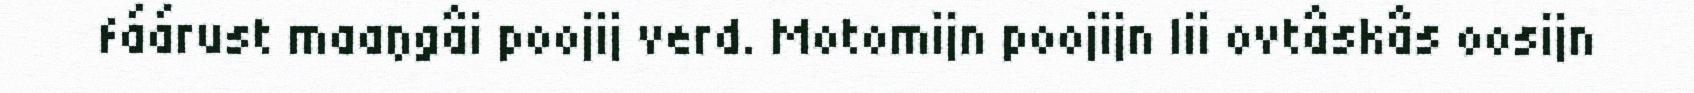
fáárust maaŋgâi poojij verd. Motomijn poojijn lii ovtâskâs oosijn